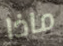
ماذا